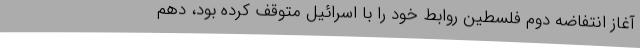
آغاز انتفاضه دوم فلسطین روابط خود را با اسرائیل متوقف کرده بود، دهم